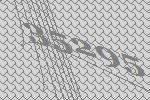
35295